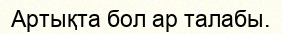
Артықта бол ар талабы.